Scottish Leaving Certificate Examination, 1957
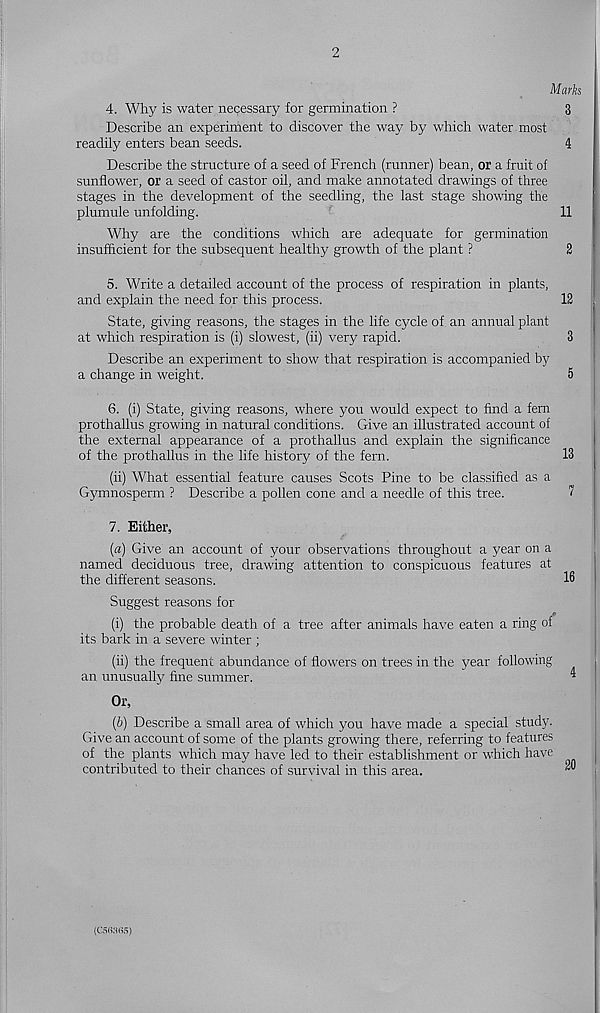
2
Marks
4. Why is water necessary for germination ?
3
Describe an experiment to discover the way by which water most
readily enters bean seeds.
4
Describe the structure of a seed of French (runner) bean, or a fruit of
sunflower, or a seed of castor oil, and make annotated drawings of three
stages in the development of the seedling, the last stage showing the
plumule unfolding.
11
Why are the conditions which are adequate for germination
insufficient for the subsequent healthy growth of the plant ?
2
5. Write a detailed account of the process of respiration in plants,
and explain the need for this process.
12
State, giving reasons, the stages in the life cycle of an annual plant
at which respiration is (i) slowest, (ii) very rapid.
3
Describe an experiment to show that respiration is accompanied by
a change in weight.
5
6. (i) State, giving reasons, where you would expect to find a fern
prothallus growing in natural conditions. Give an illustrated account of
the external appearance of a prothallus and explain the significance
of the prothallus in the life history of the fern.
13
(ii) What essential feature causes Scots Pine to be classified as a
Gymnosperm ? Describe a pollen cone and a needle of this tree.
7
7. Either,
(a) Give an account of your observations throughout a year on a
named deciduous tree, drawing attention to conspicuous features at
the different seasons.
1®
Suggest reasons for
(i) the probable death of a tree after animals have eaten a ring of
its bark in a severe winter ;
(ii) the frequent abundance of flowers on trees in the year following
an unusually fine summer.
’
Or,
(b) Describe a small area of which you have made a special study.
Give an account of some of the plants growing there, referring to features
of the plants which may have led to their establishment or which have
contributed to their chances of survival in this area.
™
(C5«3fi5)